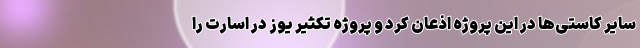
سایر کاستی‌ها در این پروژه اذعان کرد و پروژه تکثیر یوز در اسارت را